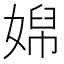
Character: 𡞭